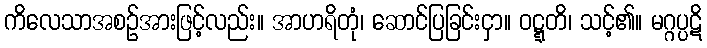
ကိလေသာအစဉ်အားဖြင့်လည်း။ အာဟရိတုံ၊ ဆောင်ပြခြင်းငှာ။ ဝဋ္ဋတိ၊ သင့်၏။ မဂ္ဂပ္ပဋိ